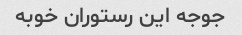
جوجه این رستوران خوبه